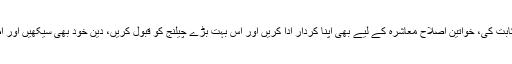
فرح ناز نے خطاب کرتے ہوئے کہا کہ خواتین نے زندگی کے ہر شعبہ میں اپنی اہلیت ثابت کی، خواتین اصلاح معاشرہ کے لیے بھی اپنا کردار ادا کریں اور اس بہت بڑے چیلنج کو قبول کریں، دین خود بھی سیکھیں اور اطراف میں بھی اس کی روشنی پھیلائیں، اسلام سے دوری نے سوساءٹی کو متشدد بنا دیا۔